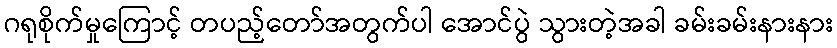
ဂရုစိုက်မှုကြောင့် တပည့်တော်အတွက်ပါ အောင်ပွဲ သွားတဲ့အခါ ခမ်းခမ်းနားနား